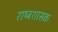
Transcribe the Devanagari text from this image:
राष्ट्रशासक